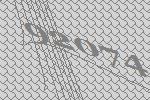
92074